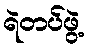
ရဲတပ်ဖွဲ့